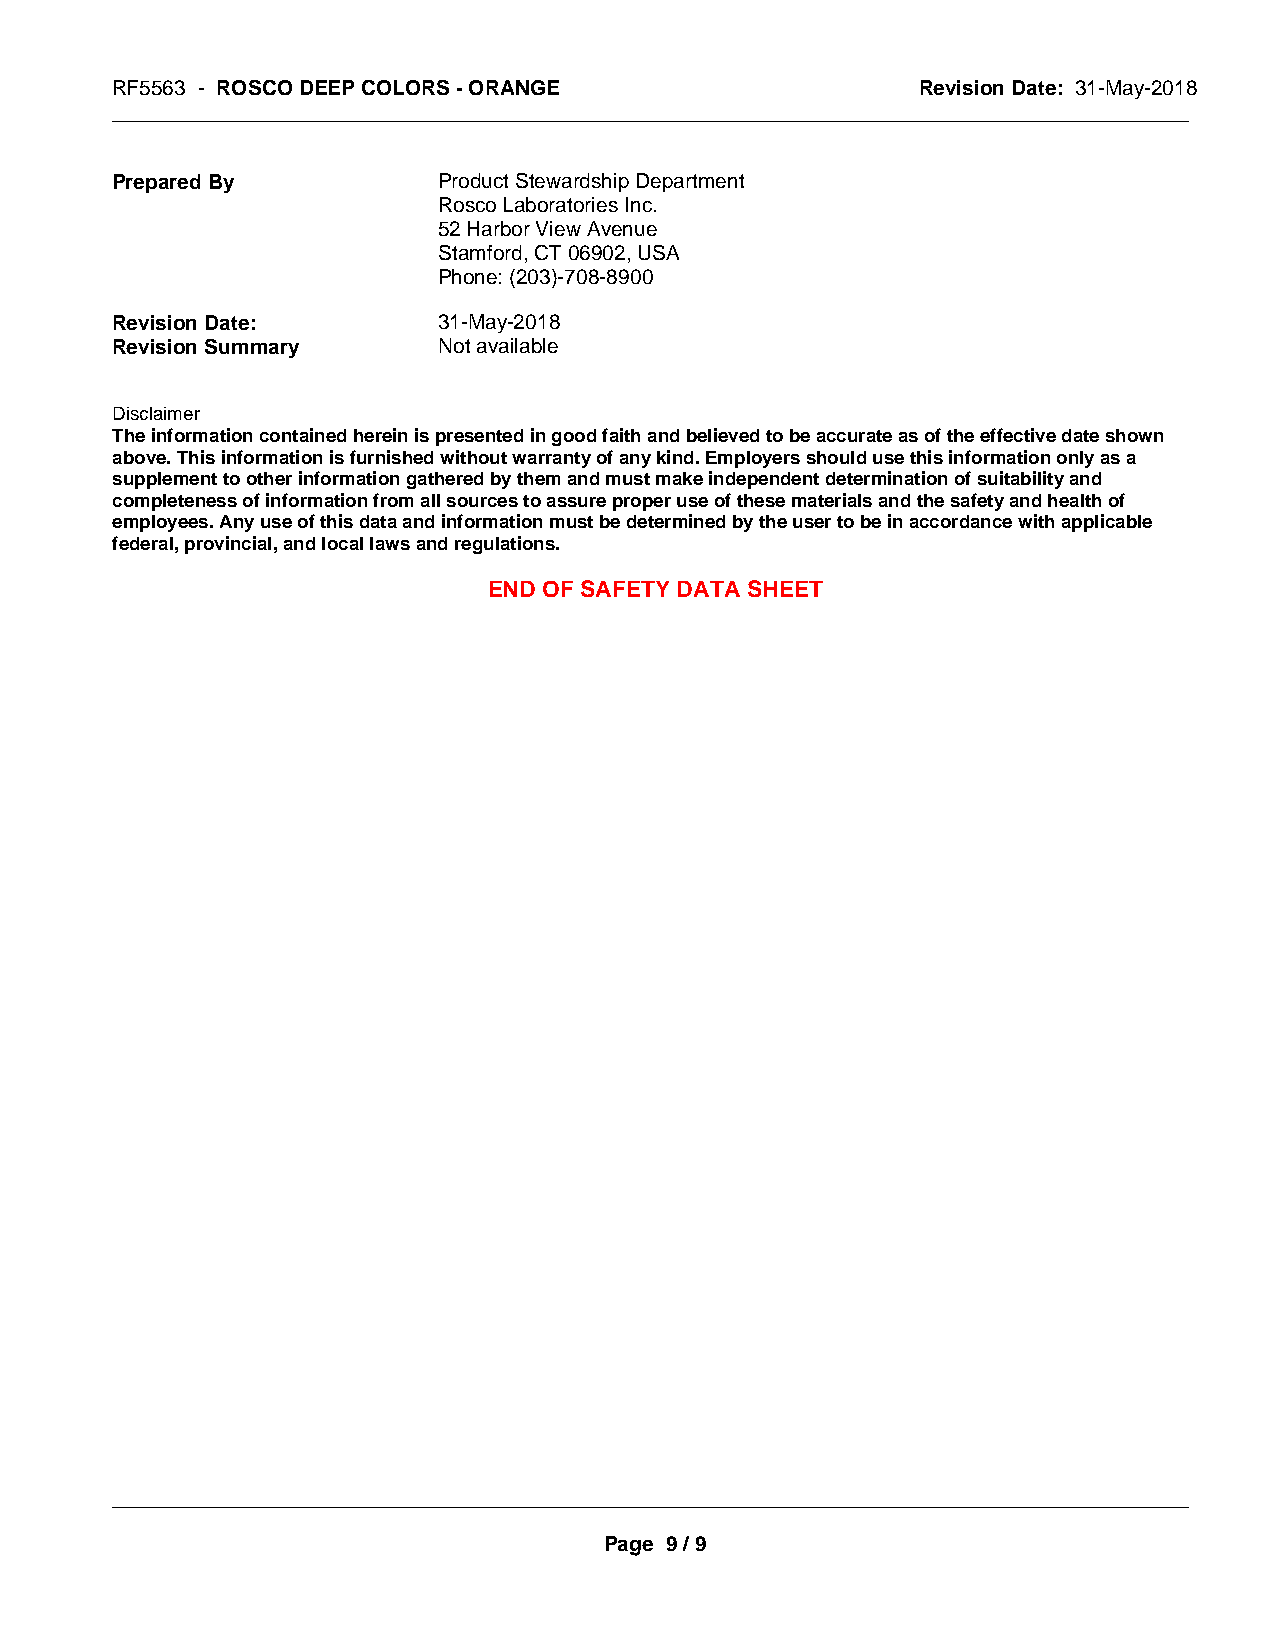
RF5563 - ROSCO DEEP COLORS - ORANGE                   Revision Date: 31-May-2018
 _____________________________________________________________________________________________
 Prepared By           Product Stewardship Department
 Rosco Laboratories Inc.
 52 Harbor View Avenue
 Stamford, CT 06902, USA
 Phone: (203)-708-8900
 Revision Date:        31-May-2018
 Revision Summary      Not available
 Disclaimer
 The information contained herein is presented in good faith and believed to be accurate as of the effective date shown
 above. This information is furnished without warranty of any kind. Employers should use this information only as a
 supplement to other information gathered by them and must make independent determination of suitability and
 completeness of information from all sources to assure proper use of these materials and the safety and health of
 employees. Any use of this data and information must be determined by the user to be in accordance with applicable
 federal, provincial, and local laws and regulations.
 END OF SAFETY DATA SHEET
 _____________________________________________________________________________________________
 Page 9 / 9